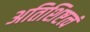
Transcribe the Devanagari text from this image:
अतिशिष्टत्वं